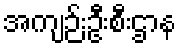
အကျဉ်းဦးစီးဌာန